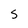
Character: 5